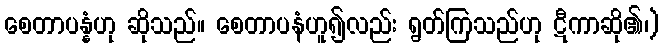
စေတာပန္နံဟု ဆိုသည်။ စေတာပနံဟူ၍လည်း ရွတ်ကြသည်ဟု ဋီကာဆို၏၊)